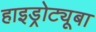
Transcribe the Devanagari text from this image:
हाइड्रोट्यूबा